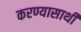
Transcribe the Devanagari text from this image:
करण्यासाथी